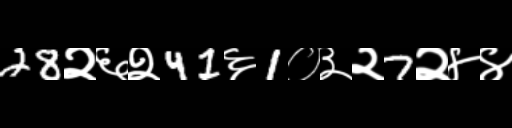
Text: 28२६२41६1०३२7२४४